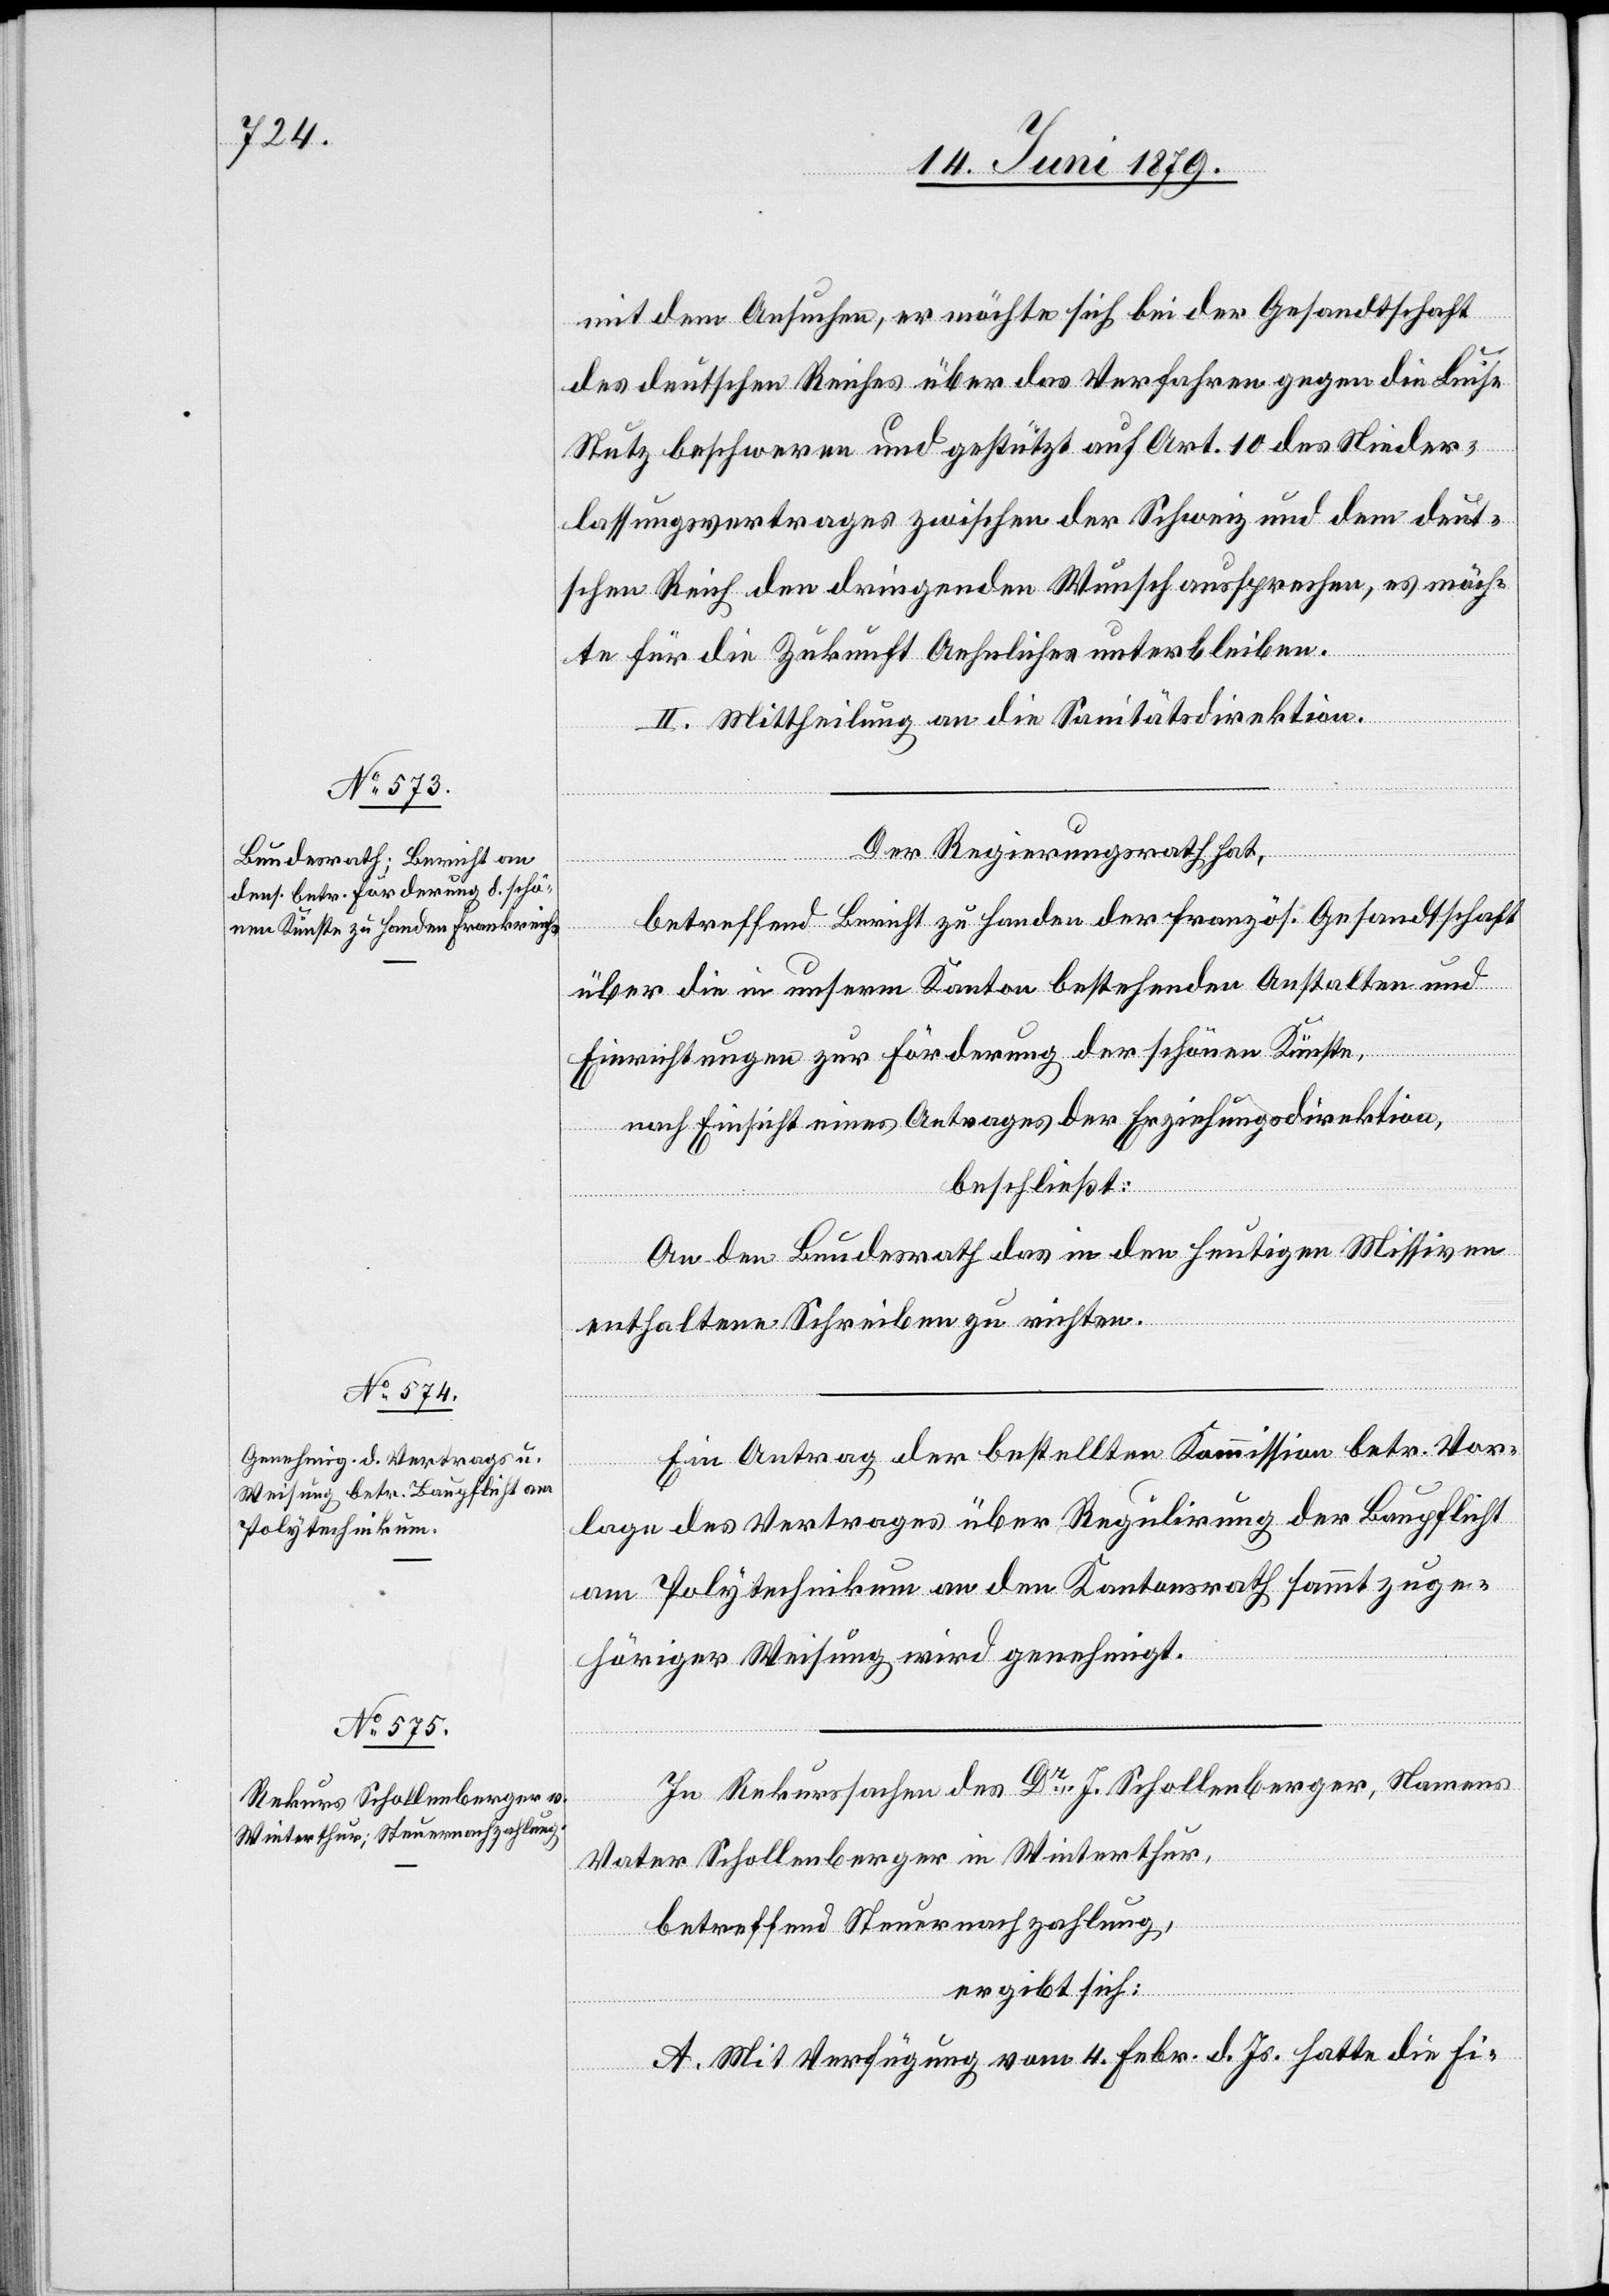
mit dem Ansuchen, er möchte sich bei der Gesandtschaft
des deutschen Reiches über das Verfahren gegen die Luise
Stutz beschweren und gestützt auf Art. 10 des Nieder¬
lassungsvertrages zwischen der Schweiz und dem deut¬
schen Reich den dringenden Wunsch aussprechen, es möch¬
te für die Zukunft Aehnliches unterbleiben.
II. Mittheilung an die Sanitätsdirektion.
Der Regierungsrath hat,
betreffend Bericht zu Handen der französ. Gesandtschaft
über die in unserm Kanton bestehenden Anstalten und
Einrichtungen zur Förderung der schönen Künste,
nach Einsicht eines Antrages der Erziehungsdirektion,
beschließt:
An den Bundesrath das in den heutigen Missiven
enthaltene Schreiben zu richten.
Ein Antrag der bestellten Kommission betr. Vor¬
lage des Vertrages über Regulirung der Baupflicht
am Polytechnikum an den Kantonsrath sammt zuge¬
höriger Weisung wird genehmigt.
In Rekurssachen des Dr J. Schollenberger, Namens
Vater Schollenberger in Winterthur,
betreffend Steuernachzahlung,
ergibt sich:
A. Mit Verfügung vom 4. Febr. d. Js. hatte die Fi-